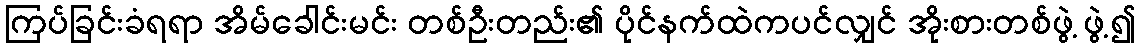
ကြပ်ခြင်းခံရရာ အိမ်ခေါင်းမင်း တစ်ဦးတည်း၏ ပိုင်နက်ထဲကပင်လျှင် အိုးစားတစ်ဖွဲ့ ဖွဲ့၍